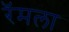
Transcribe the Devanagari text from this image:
रॅमला